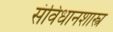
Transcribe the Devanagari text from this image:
संविधानशास्त्र